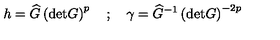
h = \widehat { G } \left( \mathrm { d e t } G \right) ^ { p } \quad ; \quad \gamma = \widehat { G } ^ { - 1 } \left( \mathrm { d e t } G \right) ^ { - 2 p }